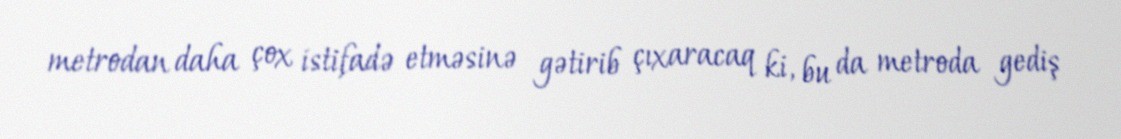
metrodan daha çox istifadə etməsinə gətirib çıxaracaq ki, bu da metroda gediş